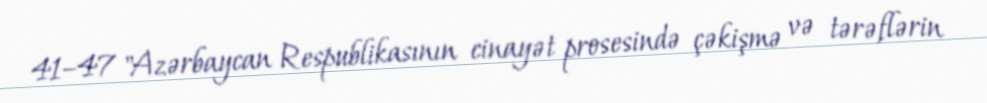
41–47 "Azərbaycan Respublikasının cinayət prosesində çəkişmə və tərəflərin